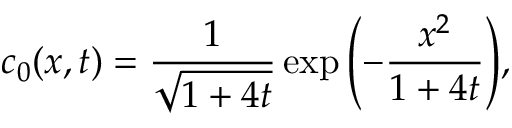
c _ { 0 } ( x , t ) = \frac { 1 } { \sqrt { 1 + 4 t } } \exp { \left( - \frac { x ^ { 2 } } { 1 + 4 t } \right) } ,